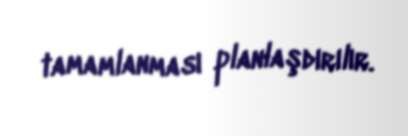
tamamlanması planlaşdırılır.